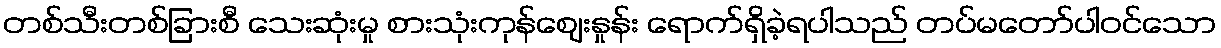
တစ်သီးတစ်ခြားစီ သေးဆုံးမှု စားသုံးကုန်ဈေးနှုန်း ရောက်ရှိခဲ့ရပါသည် တပ်မတော်ပါဝင်သော